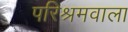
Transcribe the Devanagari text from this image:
परिश्रमवाला